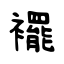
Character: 襬